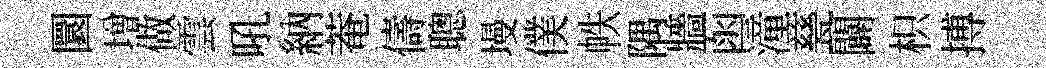
圜増做雲吼納菴儔聰墁僕帙隅牆函潼甆闢枳搏